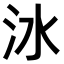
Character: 𣲙